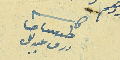
كاتب طوبيا حنا رزق عبدللى